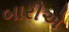
બારીએ